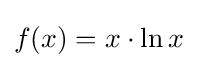
f(x)=x\cdot \ln x